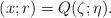
LaTeX: \begin{align*} (x;r)=Q(\zeta;\eta). \end{align*}